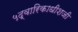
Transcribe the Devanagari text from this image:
५द्वारिकाधीशजी